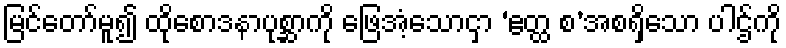
မြင်တော်မူ၍ ထိုစောဒနာပုစ္ဆာကို ဖြေအံ့သောငှာ ‘ဧတ္ထ စ’အစရှိသော ပါဌ်ကို